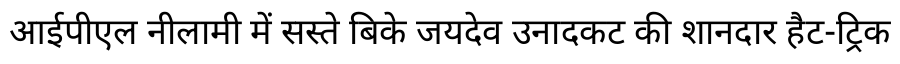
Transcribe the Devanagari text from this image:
आईपीएल नीलामी में सस्ते बिके जयदेव उनादकट की शानदार हैट-ट्रिक